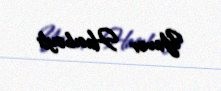
Yavər Hacıbəyli